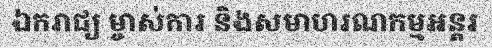
ឯករាជ្យ ម្ចាស់ការ និងសមាហរណកម្មអន្តរ